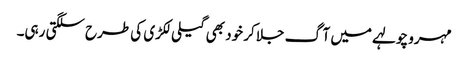
مہرو چولہے میں آگ جلا کر خود بھی گیلی لکڑی کی طرح سلگتی رہی۔